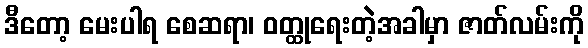
ဒီတော့ မေးပါရ စေဆရာ၊ ဝတ္ထုရေးတဲ့အခါမှာ ဇာတ်လမ်းကို